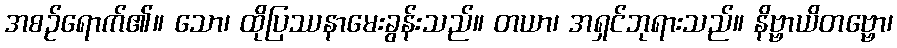
အစဉ်ရောက်၏။ သော၊ ထိုပြဿနာမေးခွန်းသည်။ တယာ၊ အရှင်ဘုရားသည်။ နိဗ္ဗာယိတဗ္ဗော၊